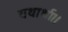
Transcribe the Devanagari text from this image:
यथार्था।।